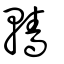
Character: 轖